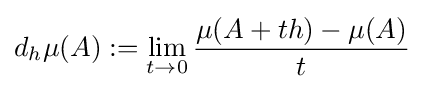
d_{h}\mu (A):=\lim \limits _{t\to 0}{\frac {\mu (A+th)-\mu (A)}{t}}